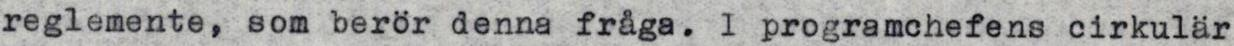
reglemente, som berör denna fråga. l programchefens cirkulär